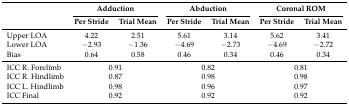
<table><thead><tr><td></td><td colspan="2"><b>Adduction</b></td><td colspan="2"><b>Abduction</b></td><td colspan="2"><b>Coronal ROM</b></td></tr><tr><td></td><td><b>Per Stride</b></td><td><b>Trial Mean</b></td><td><b>Per Stride</b></td><td><b>Trial Mean</b></td><td><b>Per Stride</b></td><td><b>Trial Mean</b></td></tr></thead><tbody><tr><td>Upper LOA</td><td>4.22</td><td>2.51</td><td>5.61</td><td>3.14</td><td>5.62</td><td>3.41</td></tr><tr><td>Lower LOA</td><td>−2.93</td><td>−1.36</td><td>−4.69</td><td>−2.73</td><td>−4.69</td><td>−2.72</td></tr><tr><td>Bias</td><td>0.64</td><td>0.58</td><td>0.46</td><td>0.34</td><td>0.46</td><td>0.34</td></tr><tr><td>ICC R. Forelimb</td><td colspan="2">0.91</td><td colspan="2">0.82</td><td colspan="2">0.81</td></tr><tr><td>ICC R. Hindlimb</td><td colspan="2">0.87</td><td colspan="2">0.98</td><td colspan="2">0.98</td></tr><tr><td>ICC L. Hindlimb</td><td colspan="2">0.98</td><td colspan="2">0.96</td><td colspan="2">0.97</td></tr><tr><td>ICC Final</td><td colspan="2">0.92</td><td colspan="2">0.92</td><td colspan="2">0.92</td></tr></tbody></table>